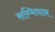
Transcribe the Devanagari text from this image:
सम्भिधान